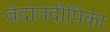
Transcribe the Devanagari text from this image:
वेदांतदीपिका